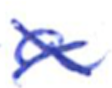
Text: a
Cross-out: cross
Writing tool: ballpoint